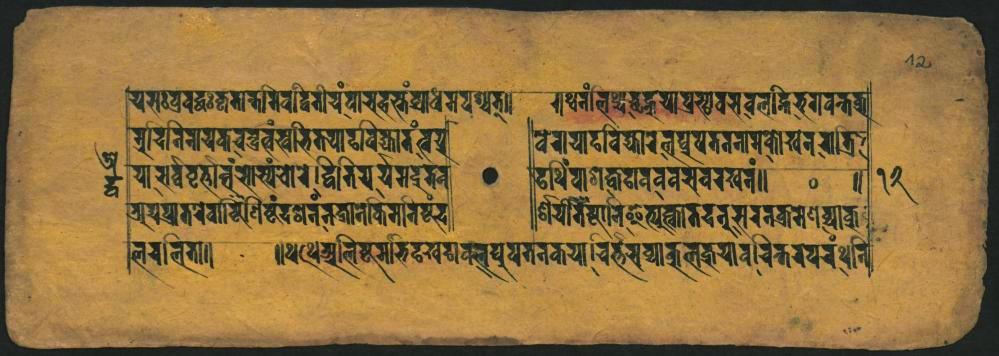
𑐫𑐳𑑅𑐧𑑂𑐬𑐰𑐲𑑂𑐕𑑅𑐎𑐺𑐟𑐵𑐟𑐣𑐶𑐰𑐡𑐶𑐟𑐷𑐔𑑄𑐰𑐵𑐔𑐴𑐟𑑂𑐟𑑄𑐧𑑂𑐬𑐵𑐢𑐩𑐥𑐱𑑂𑐔𑐟𑑂𑑋 𑐔𑐵𑐬𑐣𑐶𑐣𑐵𑐫𑐎𑐔𑐡𑐸𑐬𑐸𑐟𑑂𑐰𑑄𑐳𑑂𑐰𑐨𑐶𑐟𑐫𑐵𑐡𑐰𑐶𑐖𑑂𑐫𑐵𑐟𑑄𑐰𑐫 𑐫𑐵𑐳𑐬𑑂𑐰𑐺𑐟𑑂𑐟𑐵𑐟𑐰𑑄𑐨𑐵𑐳𑑂𑐫𑐘𑑂𑐔𑑀𑐬𑐾𑐡𑑂𑐰𑐶𑐟𑐶𑐫𑐬𑑂𑐫𑐩𑐡𑐸𑑂𑐡𑑂𑐣 𑐁𑐬𑐫𑐥𑑂𑐬𑐟𑐬𑐾𑐰𑐵𑐲𑑂𑐚𑐶𑐱𑐶𑐲𑑂𑐚𑑄𑐡𑐢𑐣𑑄𑐣𑐎𑐵𑐣𑑀𑐎𑐩𑐵𑐣𑐾𑐲𑑂𑐚𑑄𑐖 𑐮𑐶𑐬𑐵𑐮𑐟𑑌